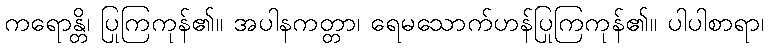
ကရောန္တိ၊ ပြုကြကုန်၏။ အပါနကတ္တာ၊ ရေမသောက်ဟန်ပြုကြကုန်၏။ ပါပါစာရာ၊